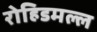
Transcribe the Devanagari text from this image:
रोहिडमल्ल